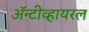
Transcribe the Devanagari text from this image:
अॅन्टीव्हायरल